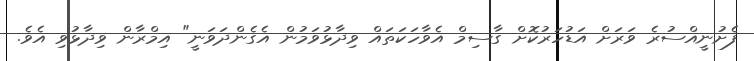
ފެށުނީއްސުރެ ވަރަށް އަޑުހަރުކޮށް ގާސިމް އެވާހަކަތައް ވިދާޅުވަމުން އެގެންދަވަނީ" އިމްރާން ވިދާޅުވި އެވެ.